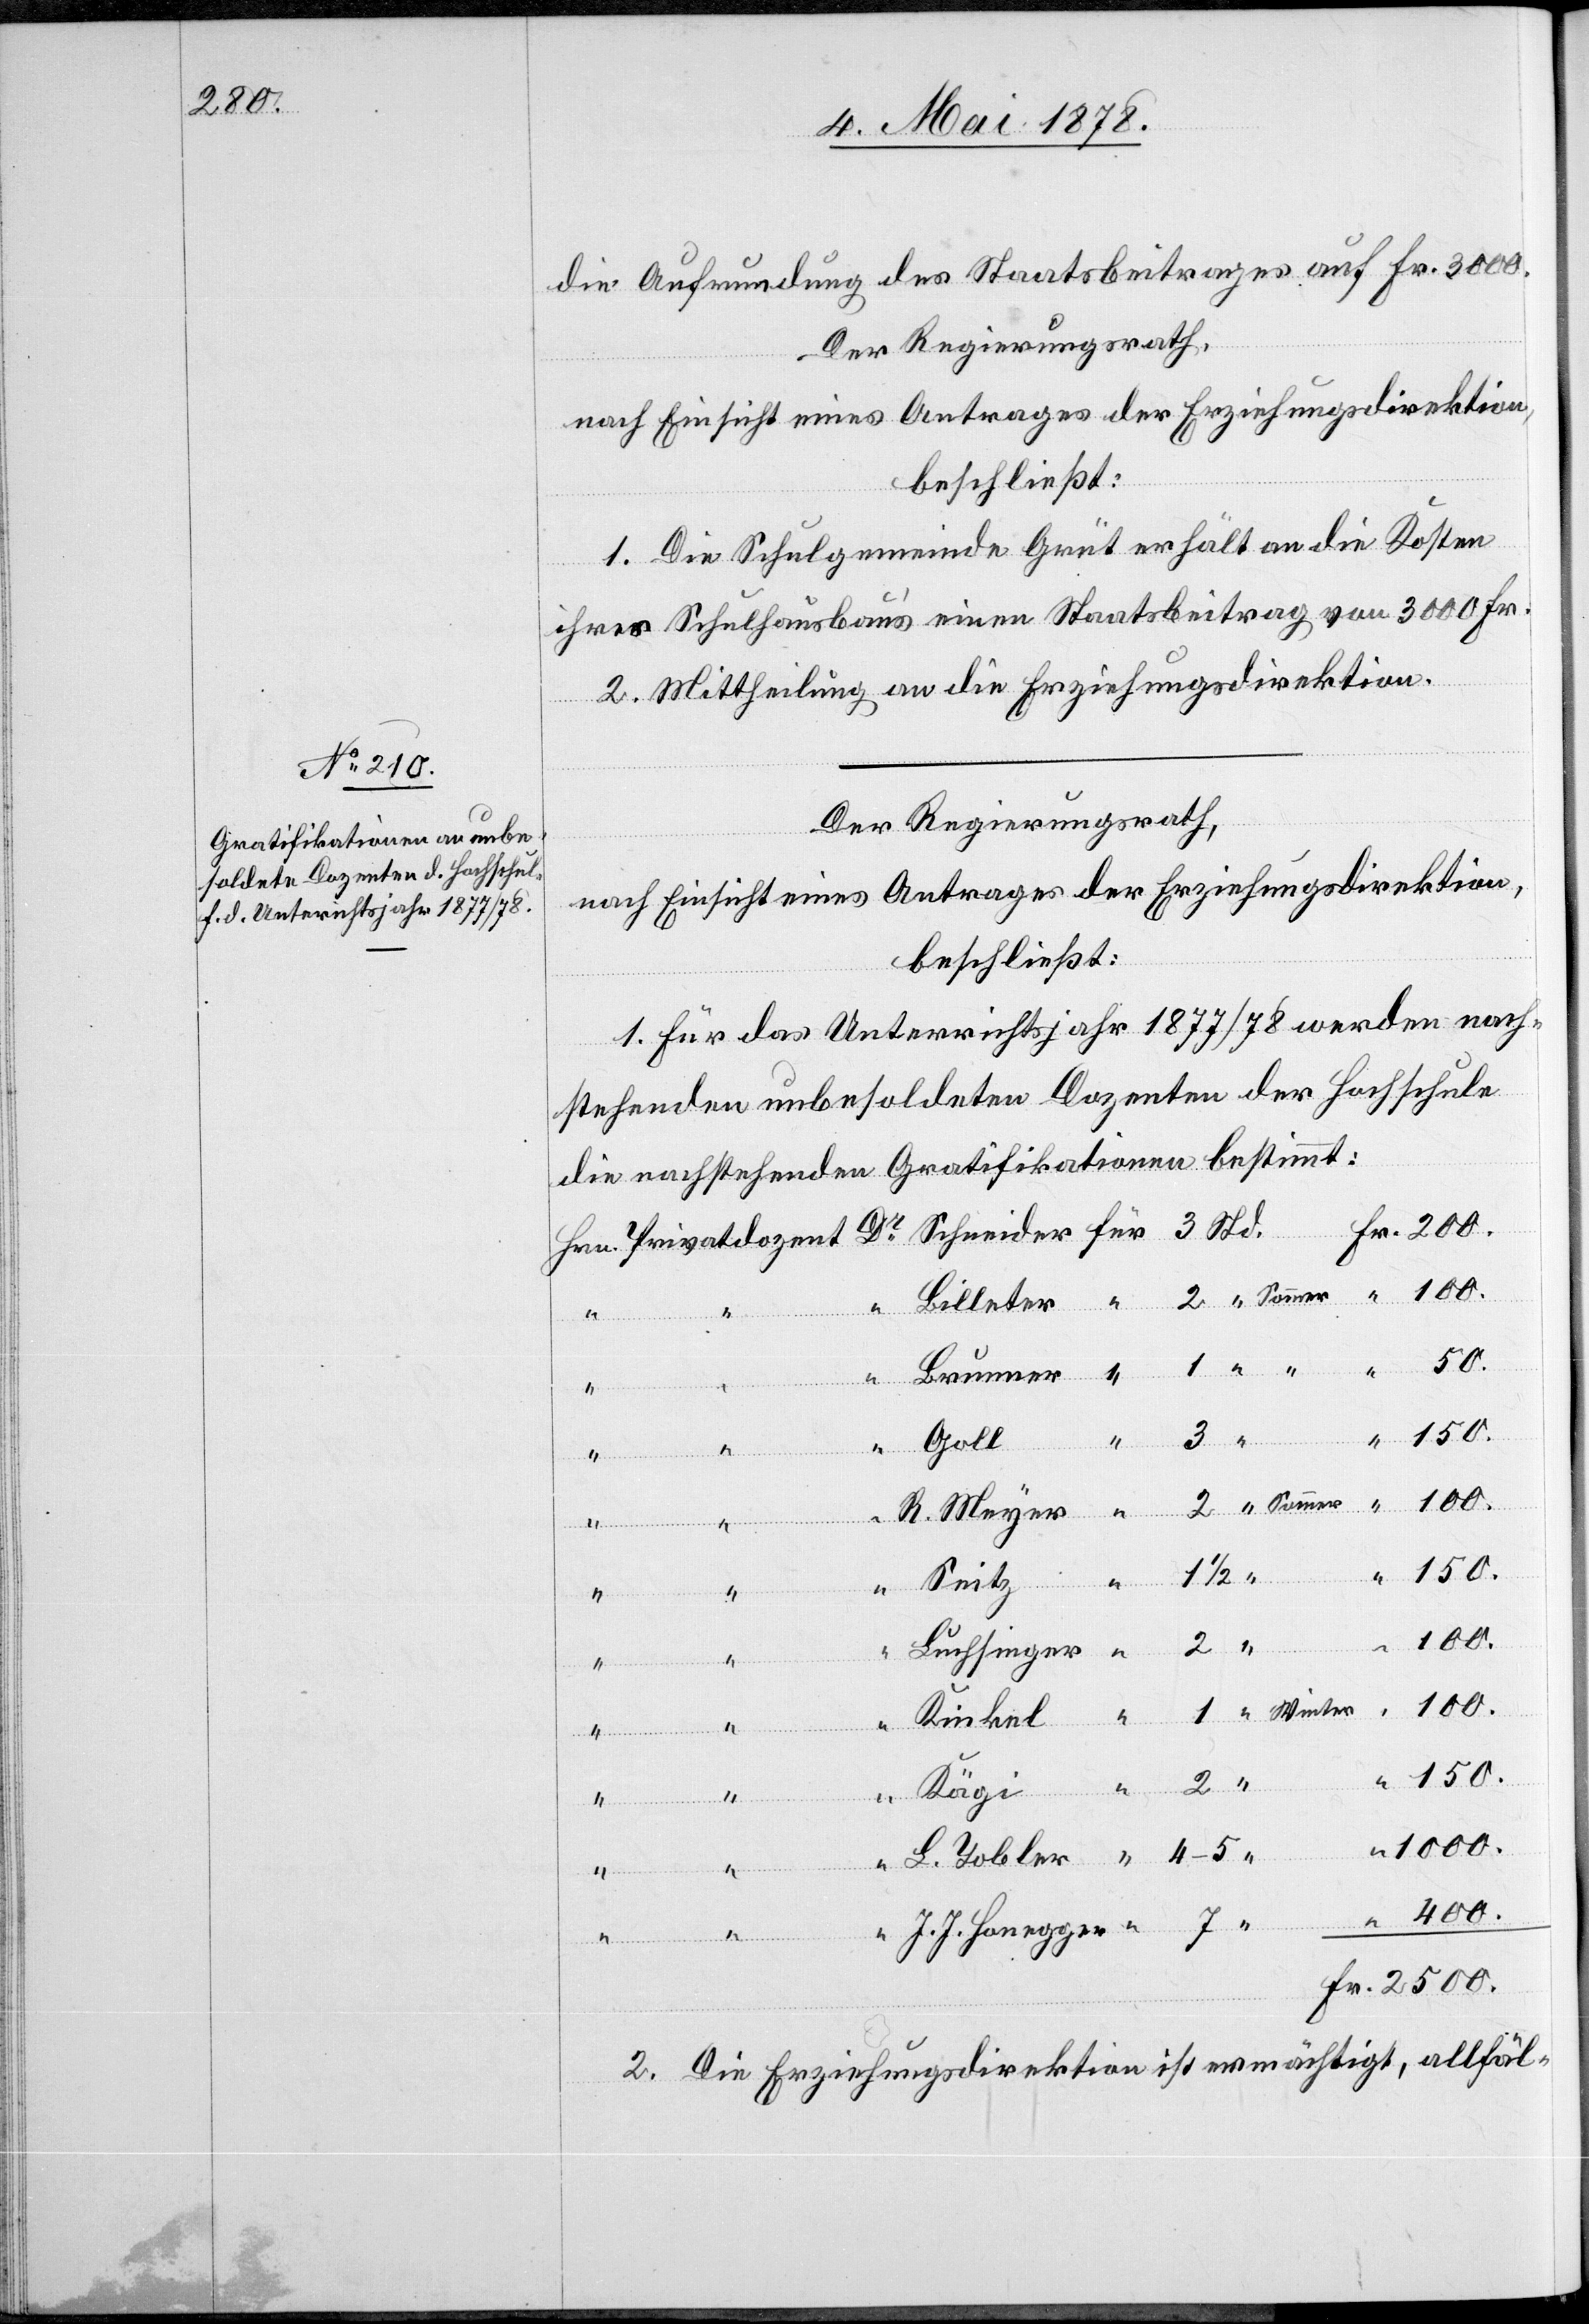
die Aufrundung des Staatsbeitrages auf Fr. 3000.
Der Regierungsrath,
nach Einsicht eines Antrages der Erziehungsidrektion,
beschließt:
1. Die Schulgemeinde Grüt erhält an die Kosten
ihres Schulhausbau’s einen Staatsbeitrag von 3000 Fr.
2. Mittheilung an die Erziehungsdirektion.
Der Regierungsrath,
nach Einsicht eines Antrages der Erziehungsdirektion,
beschließt:
1. Für das Unterrichtsjahr 1877/78 werden nach¬
stehenden unbesoldeten Dozenten der Hochschule
die nachstehenden Gratifikationen bestimmt:
R.
Sommer
Goll
Fr.
150.
Luchsinger
2
1/2
Seitz
1
2500.
“
“
Honeg¬
Std.
2. Die Erziehungsdirektion ist ermächtigt, allfäl-